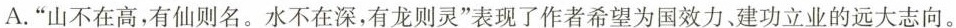
A.”山不在高，有仙则名。水不在深，有龙则灵”表现了作者希望为国效力、建功立业的远大志向。